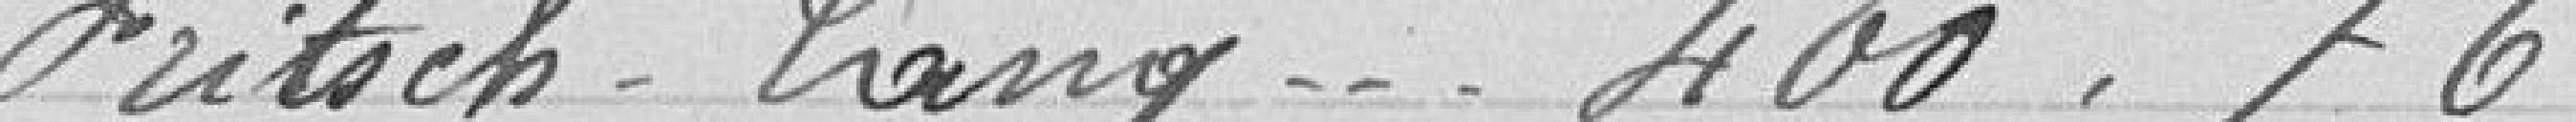
Fritsch-Lang....400,76